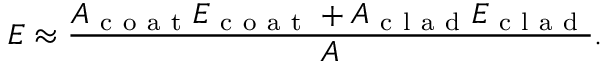
E \approx \frac { A _ { \mathrm { ~ c ~ o ~ a ~ t ~ } } E _ { \mathrm { ~ c ~ o ~ a ~ t ~ } } + A _ { \mathrm { ~ c ~ l ~ a ~ d ~ } } E _ { \mathrm { ~ c ~ l ~ a ~ d ~ } } } { A } .